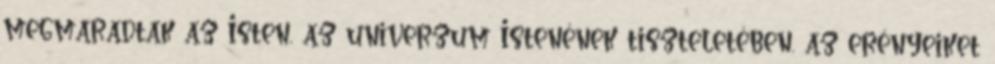
megmaradtak az Isten, az univerzum Istenének tiszteletében, az erényeiket